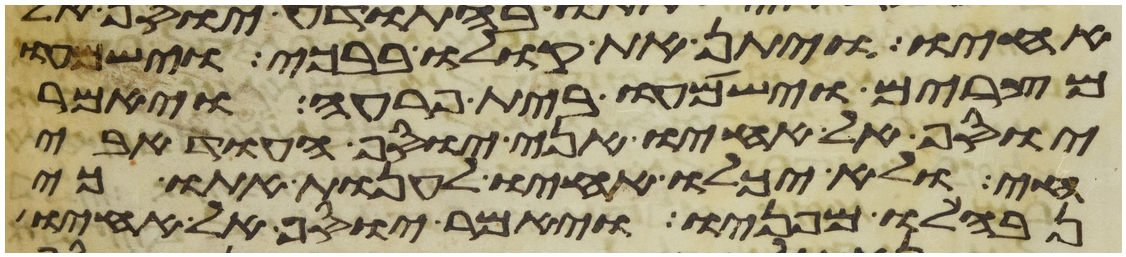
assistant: אחיו ויתן את קולו בבכי וישמעו
מצרים וישמעו בית פרעה ויאמר
יוסף אל אחיו אני יוסף העוד אבי
חי ולא יכלו אחיו לענות אתו כי
נבהלו מפניו ויאמר יוסף אל אחיו